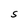
Character: S